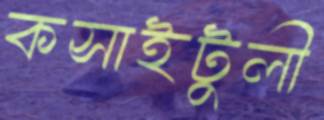
কসাইটুলী